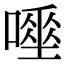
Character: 𠾊